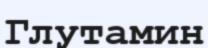
Глутамин